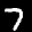
Label: 7